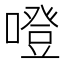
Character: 噔